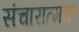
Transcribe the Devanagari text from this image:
संचारात्मक